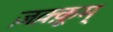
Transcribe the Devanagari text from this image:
ज़क़्क़ूम्